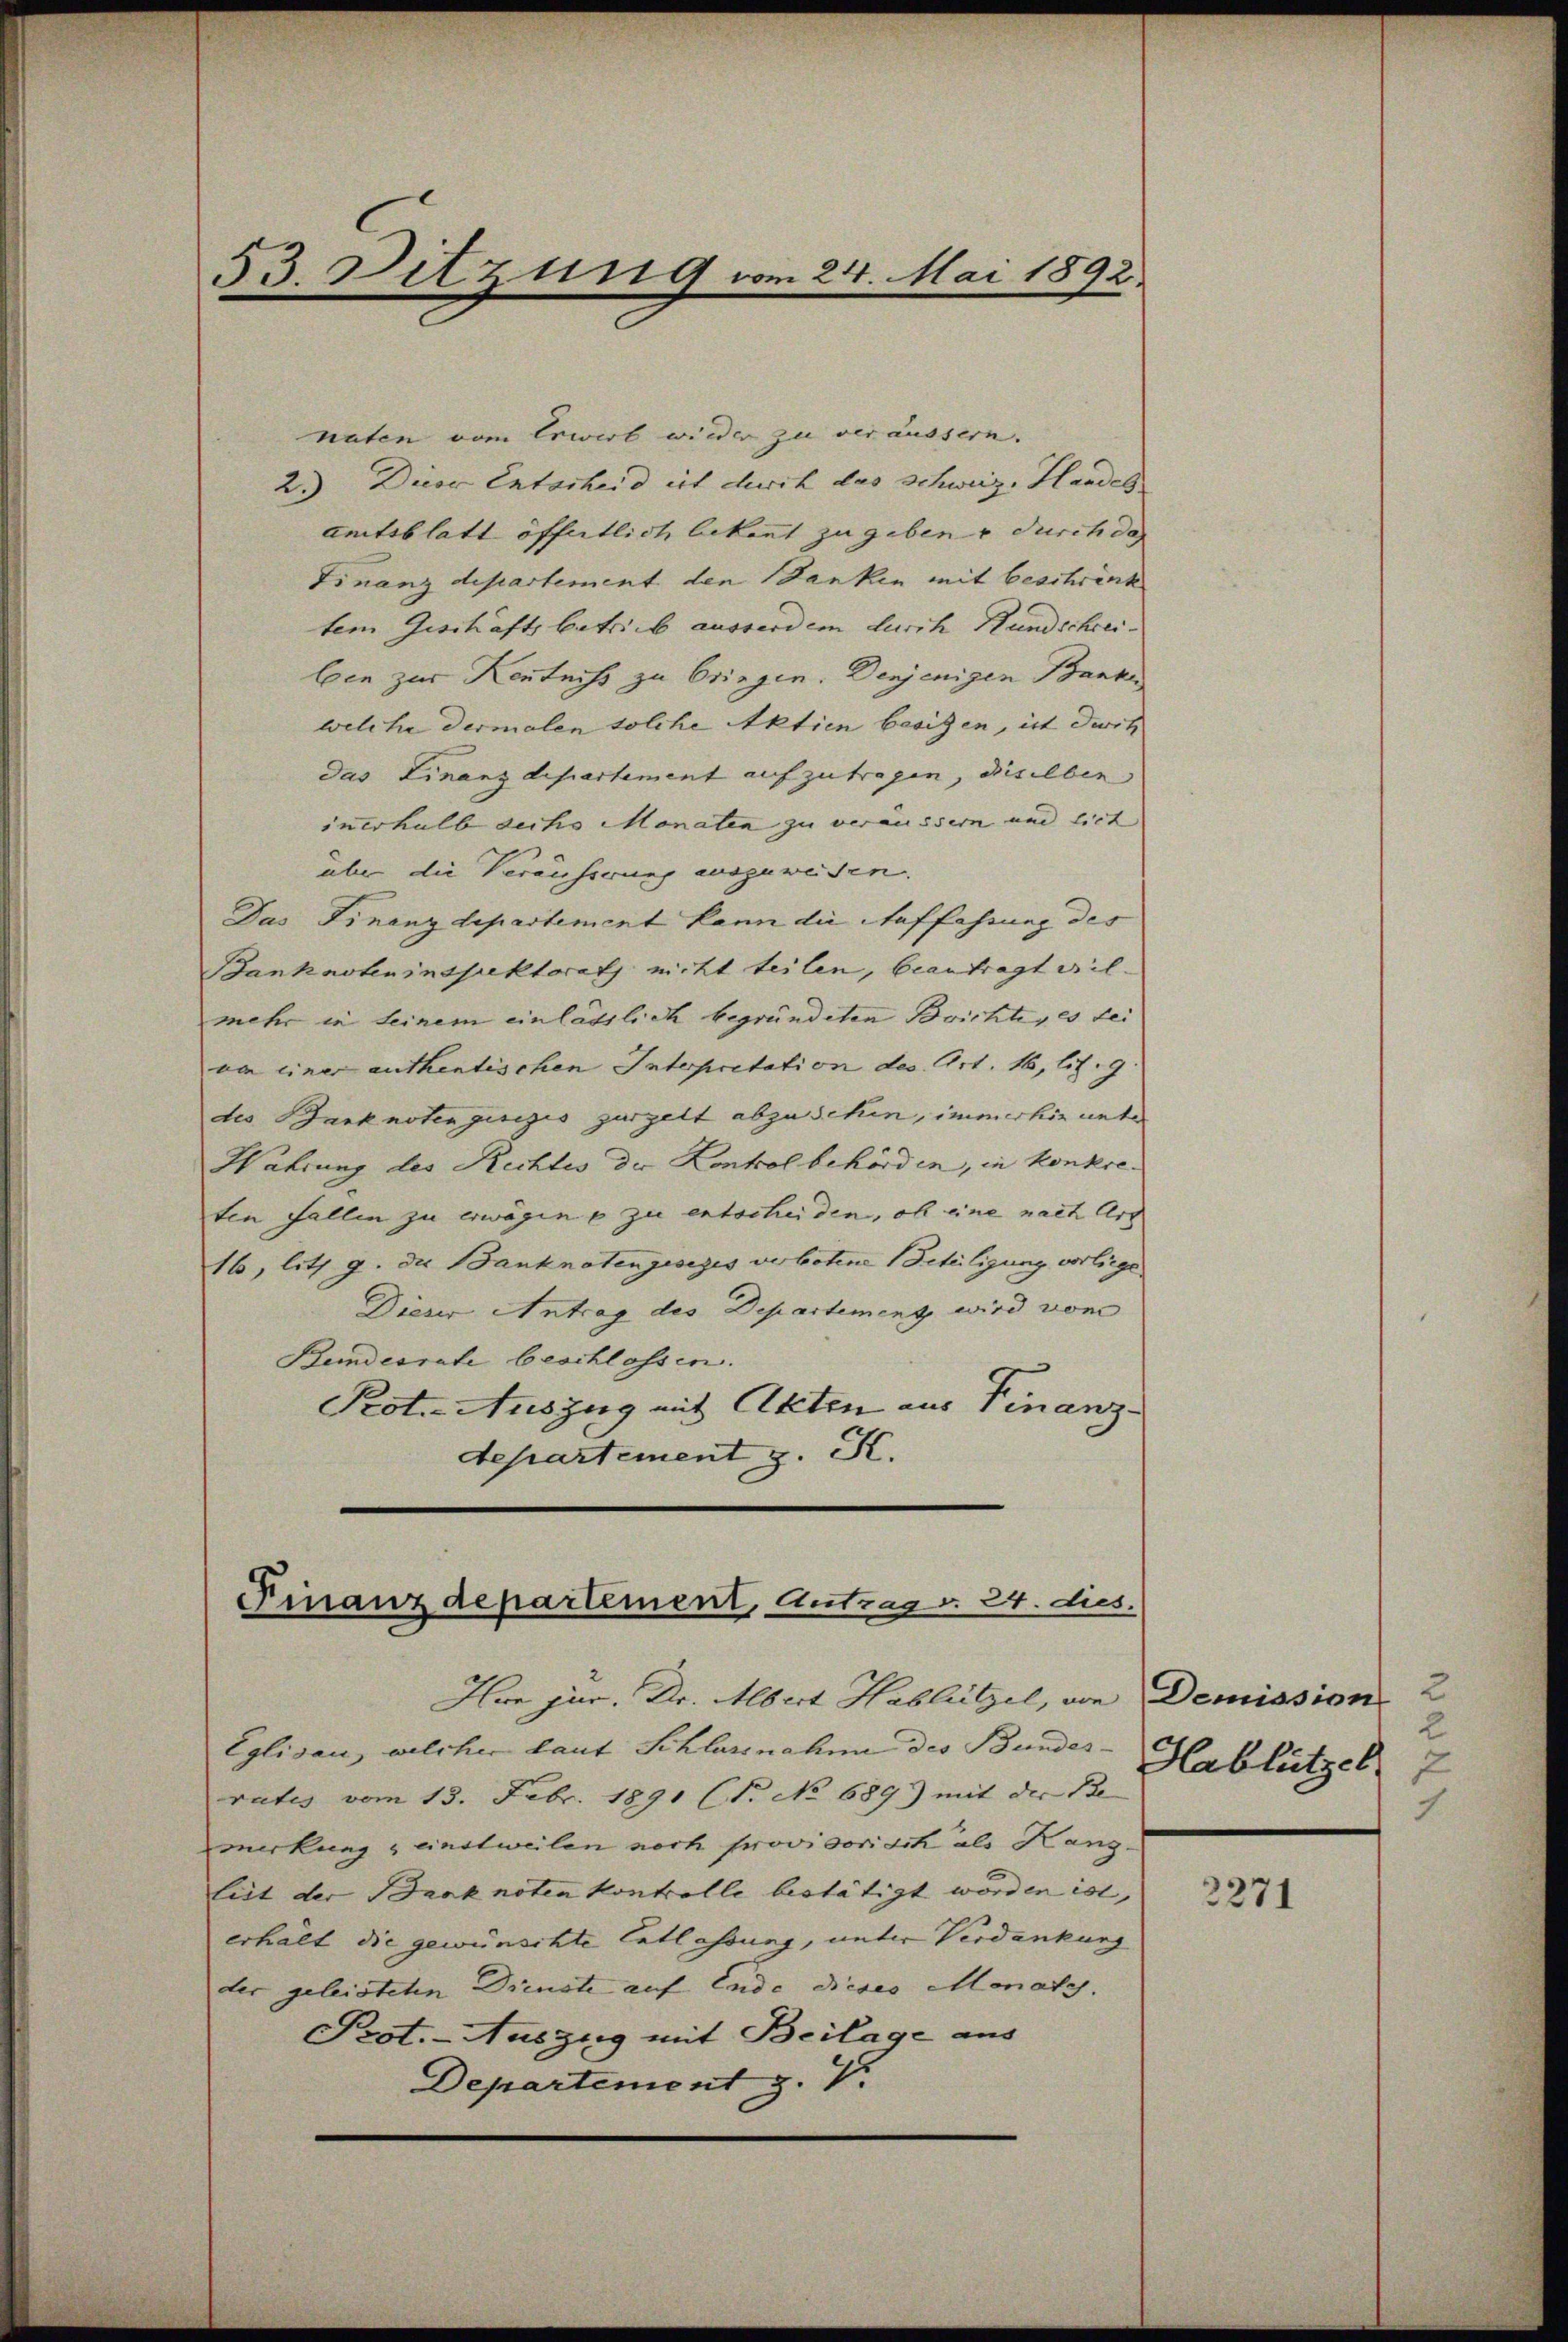
53. Sitzung vom 24. Mai 1892.

naten vom Erwert wieder zu veräussern.
2.) Diese Entscheid ist durch das Schweiz. Handes
amtsblatt öffentlich bekannt zu geben & durch da
Finanzdepartement den Banken mit beschränk
tem Geschäfts betrieb ausserdem durch Hundschrei-
ben zur Kentniss zu bringen. Denjenigen Banke
welche dermalen solche Aktien besitzen, ist dirit
das Finanzdepartement aufzutragen, dieselben
inerhalb sechs Monaten zu veräussern und lict |
über die Veräusserung ausgeweisen.
Das Finanzdepartement kann die Auffassung des
Bankarteninspektorats nicht teilen, beantragt wil
mehr in seinem einlässlich begründeten Brichtiges dei
van einer authentischen Interpretation des Art. 16, lit. 9
des Banknoten gesezis zurzelt abzusehen, immerhin unter
Wahrung des Rechtes der Konkolbehörden, in konkreten Fallen zu erwägen u zu entscheiden, ob eine nach Art
16, litz g. die Banknotengesezes verbotene Beteiligung vorliege
Dieser Antrag des Departement wird vom
Bundesrate beschlossen.
Pot. Auszug mit Akten aus Finanz-
departement z. K.

Finanzdepartement, Antrag. 24. dies.

Hoe jur. Dr. Albert Hablützel, von Demission 2
Eglisau, welcher laut Schlassnahme des Bundes-
rates vom 13. Febr. 1891 (T. No 689) mit der Be- |
merkung & einstweilen noch provisorisch als Kanzliet der Banknoten kontrolle bestätigt worden ist,
erhält die gewünschte Entlassung, unter Verdankung
der geleisteten Dienste auf Ende dieses Monaty.
Prot. - Auszug mit Beilage aus
Departement z. V.

Hablützel
x
1

2271